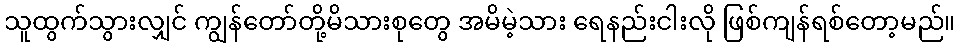
သူထွက်သွားလျှင် ကျွန်တော်တို့မိသားစုတွေ အမိမဲ့သား ရေနည်းငါးလို ဖြစ်ကျန်ရစ်တော့မည်။